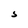
Character: S